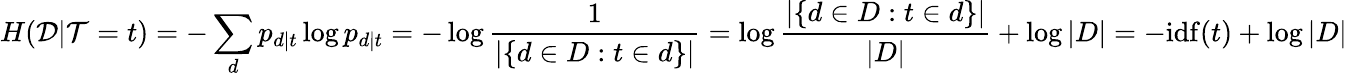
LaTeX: H({\cal{D}}|{\cal{T}}=t)=-\sum_{d}p_{d|t}\log p_{d|t}=-\log{\frac{1}{|\{ d\in D:t\in d\} |}}=\log{\frac{|\{ d\in D:t\in d\} |}{|D|}}+\log|D|=-\mathrm{idf}(t)+\log|D|